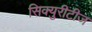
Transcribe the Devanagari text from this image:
सिक्युरीटीज